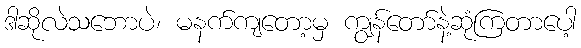
ဒါဆိုလဲသဘောပဲ၊ မနက်ကျတော့မှ ကျွန်တော်နဲ့ဆုံကြတာပေါ့